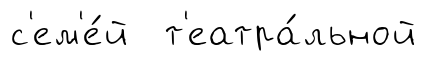
с'ем'е́й т'еатра́льной